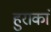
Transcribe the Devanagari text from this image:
हुराकां